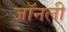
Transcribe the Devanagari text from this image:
जॉनली